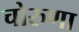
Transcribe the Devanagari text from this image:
चोरुणा